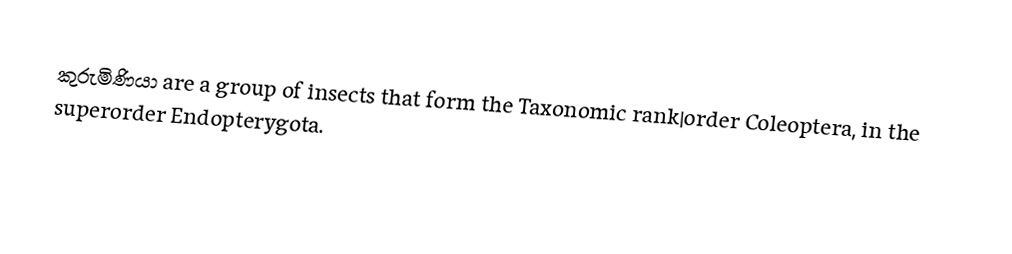
කුරුමිණියා are a group of insects that form the Taxonomic rank|order Coleoptera, in the superorder Endopterygota.